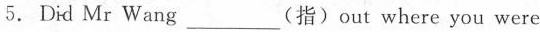
5. Did Mr Wang___指)out where you were